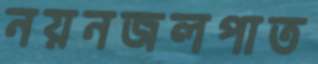
নয়নজলপাত